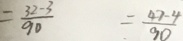
= \frac { 3 2 - 3 } { 9 0 } = \frac { 4 7 - 4 } { 9 0 }